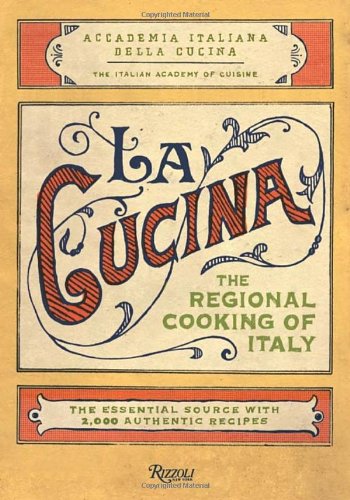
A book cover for La Cucina: The Regional Cooking of Italy; The Italian Academy of Cuisine; Cookbooks, Food & Wine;